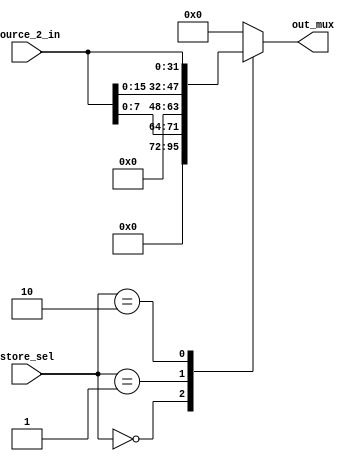
module StoreBlock(
   source_2_in,
   store_sel,
   out_mux
);
   input [31:0] source_2_in;
   input [1:0] store_sel;
   wire [31:0] sw,sb,sh;
   output reg [31:0] out_mux;
    assign sw=source_2_in[31:0];
    assign sh={ 16'b0 ,source_2_in[15:0]};          
    assign sb={ 24'b0 ,source_2_in[7:0]};
       always @(*) begin
        case (store_sel)
            3'b00: out_mux = sb; // Select sw
            3'b01: out_mux = sh; // Select sh
            3'b10: out_mux = sw; // Select sb
            default: out_mux = 32'b0; // Default case 
        endcase
    end
endmodule